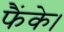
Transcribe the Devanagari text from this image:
फैंके।